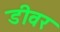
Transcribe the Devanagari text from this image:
डीवर